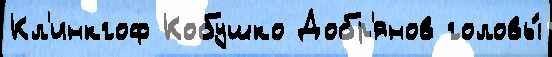
Кл'инкгоф Кобушко Добр'янов головы́